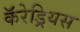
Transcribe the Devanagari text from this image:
कॅरेड्रियस